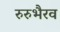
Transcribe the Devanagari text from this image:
रुरुभैरव